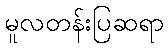
မူလတန်းပြဆရာ